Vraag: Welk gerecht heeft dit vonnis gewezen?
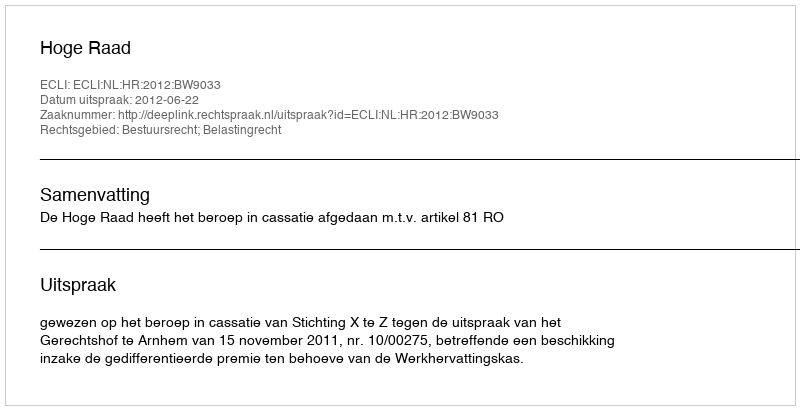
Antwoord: Hoge Raad